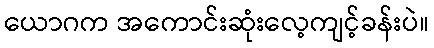
ယောဂက အကောင်းဆုံးလေ့ကျင့်ခန်းပဲ။